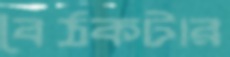
বৈঠকটার